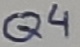
Text: Q4